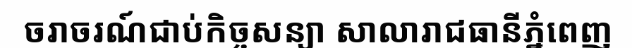
ចរាចរណ៍ជាប់កិច្ចសន្យា សាលារាជធានីភ្នំពេញ